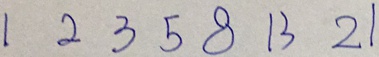
1 2 3 5 8 1 3 2 1